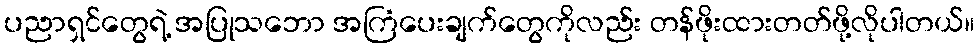
ပညာရှင်တွေရဲ့ အပြုသဘော အကြံပေးချက်တွေကိုလည်း တန်ဖိုးထားတတ်ဖို့လိုပါတယ်။